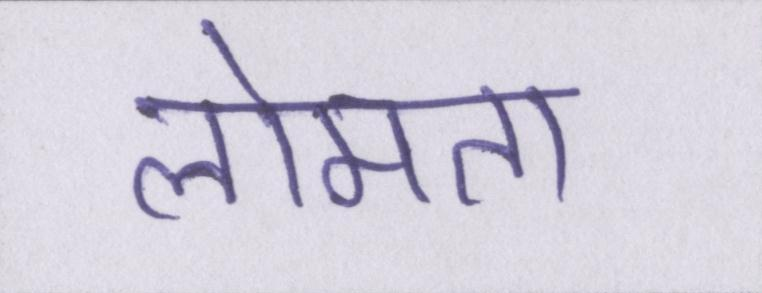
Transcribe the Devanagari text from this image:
लोमता